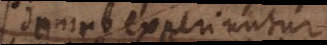
damno experiuntur,